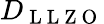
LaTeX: D_{\mathrm{~L~L~Z~O~}}